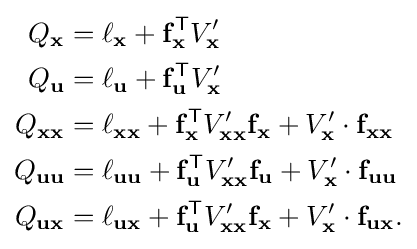
{\begin{alignedat}{2}Q_{\mathbf {x} }&=\ell _{\mathbf {x} }+\mathbf {f} _{\mathbf {x} }^{\mathsf {T}}V'_{\mathbf {x} }\\Q_{\mathbf {u} }&=\ell _{\mathbf {u} }+\mathbf {f} _{\mathbf {u} }^{\mathsf {T}}V'_{\mathbf {x} }\\Q_{\mathbf {x} \mathbf {x} }&=\ell _{\mathbf {x} \mathbf {x} }+\mathbf {f} _{\mathbf {x} }^{\mathsf {T}}V'_{\mathbf {x} \mathbf {x} }\mathbf {f} _{\mathbf {x} }+V_{\mathbf {x} }'\cdot \mathbf {f} _{\mathbf {x} \mathbf {x} }\\Q_{\mathbf {u} \mathbf {u} }&=\ell _{\mathbf {u} \mathbf {u} }+\mathbf {f} _{\mathbf {u} }^{\mathsf {T}}V'_{\mathbf {x} \mathbf {x} }\mathbf {f} _{\mathbf {u} }+{V'_{\mathbf {x} }}\cdot \mathbf {f} _{\mathbf {u} \mathbf {u} }\\Q_{\mathbf {u} \mathbf {x} }&=\ell _{\mathbf {u} \mathbf {x} }+\mathbf {f} _{\mathbf {u} }^{\mathsf {T}}V'_{\mathbf {x} \mathbf {x} }\mathbf {f} _{\mathbf {x} }+{V'_{\mathbf {x} }}\cdot \mathbf {f} _{\mathbf {u} \mathbf {x} }.\end{alignedat}}